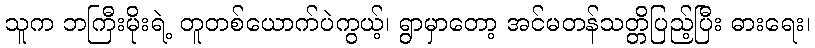
သူက ဘကြီးမိုးရဲ့ တူတစ်ယောက်ပဲကွယ့်၊ ရွာမှာတော့ အင်မတန်သတ္တိပြည့်ပြီး ဓားရေး၊